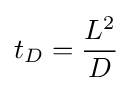
t_{D}={\frac {L^{2}}{D}}